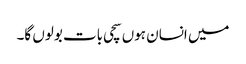
میں انسان ہوں سچی بات بولوں گا۔